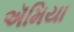
ઍમિયા